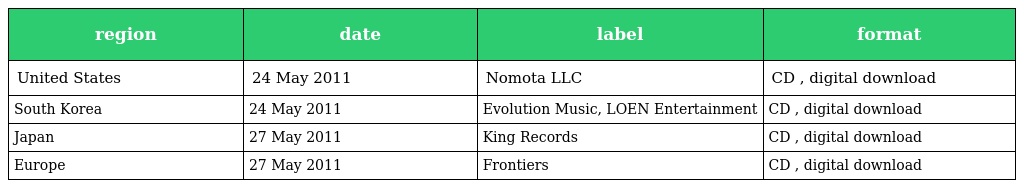
| region | date | label | format |
 | --- | --- | --- | --- |
 | United States | 24 May 2011 | Nomota LLC | CD , digital download |
 | South Korea | 24 May 2011 | Evolution Music, LOEN Entertainment | CD , digital download |
 | Japan | 27 May 2011 | King Records | CD , digital download |
 | Europe | 27 May 2011 | Frontiers | CD , digital download |